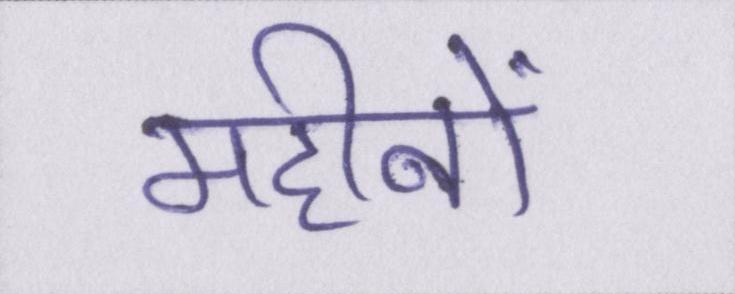
महीनों